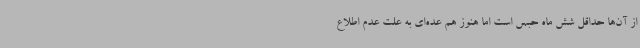
از آن‌ها حداقل شش ماه حبس است اما هنوز هم عده‌ای به علت عدم اطلاع